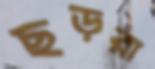
ছড়রা